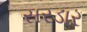
સરડાર